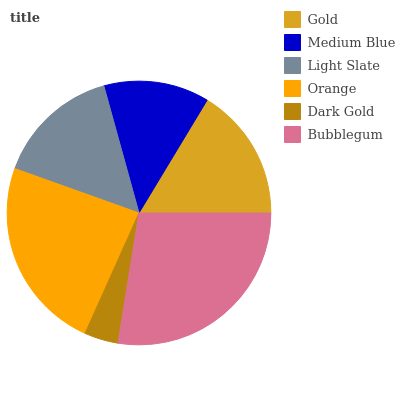
| Gold | Medium Blue | Light Slate | Orange | Dark Gold | Bubblegum |
 | --- | --- | --- | --- | --- | --- |
 | 16.4% | 12.9% | 15.2% | 23.7% | 4.17% | 27.5% |